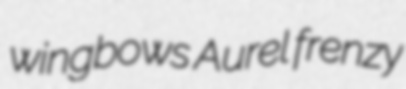
wingbows Aurel frenzy